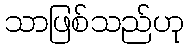
သာဖြစ်သည်ဟု